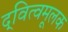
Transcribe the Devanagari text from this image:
द्‍वित्वमूलक